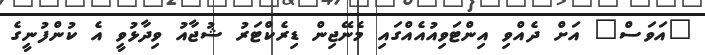
"އަވަސް" އަށް ދެއްވި އިންޓަވިއުއެއްގައި މެނޭޖިން ޑިރެކްޓަރު ޝުޖާއު ވިދާޅުވީ އެ ކުންފުނީގެ